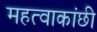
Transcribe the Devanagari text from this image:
महत्वाकांछी